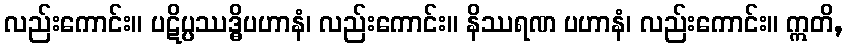
လည်းကောင်း။ ပဋိပ္ပဿဒ္ဓိပဟာနံ၊ လည်းကောင်း။ နိဿရဏ ပဟာနံ၊ လည်းကောင်း။ ဣတိ,